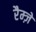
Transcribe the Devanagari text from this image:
रैम्ज़े